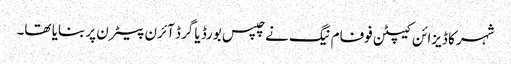
شہر کا ڈیزائن کیپٹن فوفام نیگ نے چپس بورڈ یا گرڈ آئرن پیٹرن پر بنایا تھا۔